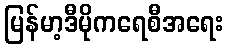
မြန်မာ့ဒီမိုကရေစီအရေး